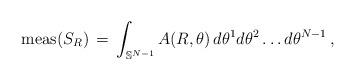
LaTeX: \begin{align*}\textrm{meas}(S_R)\,=\, \int_{\mathbb S^{N-1}}A(R, \theta) \, d\theta^1d \theta^2 \ldots d\theta^{N-1}\,,\end{align*}